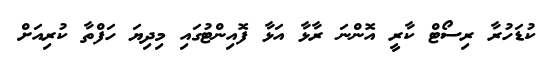
ކުޑަހުރާ ރިސޯޓް ކާރީ އޮންނަ ރާޅާ އަޅާ ފޮއިންޓުގައި މިދިޔަ ހަފްތާ ކުރިއަށް